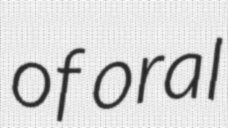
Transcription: of oral